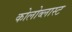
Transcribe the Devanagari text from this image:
कोलोब्लास्ट